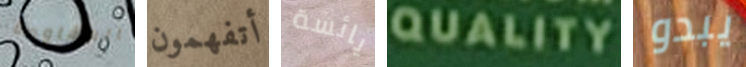
المقاومة أتفهمون يائسة QUALITY يبدو